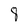
Character: 8